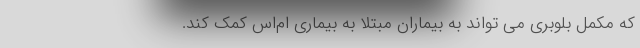
که مکمل بلوبری می تواند به بیماران مبتلا به بیماری ام‌اس کمک کند.